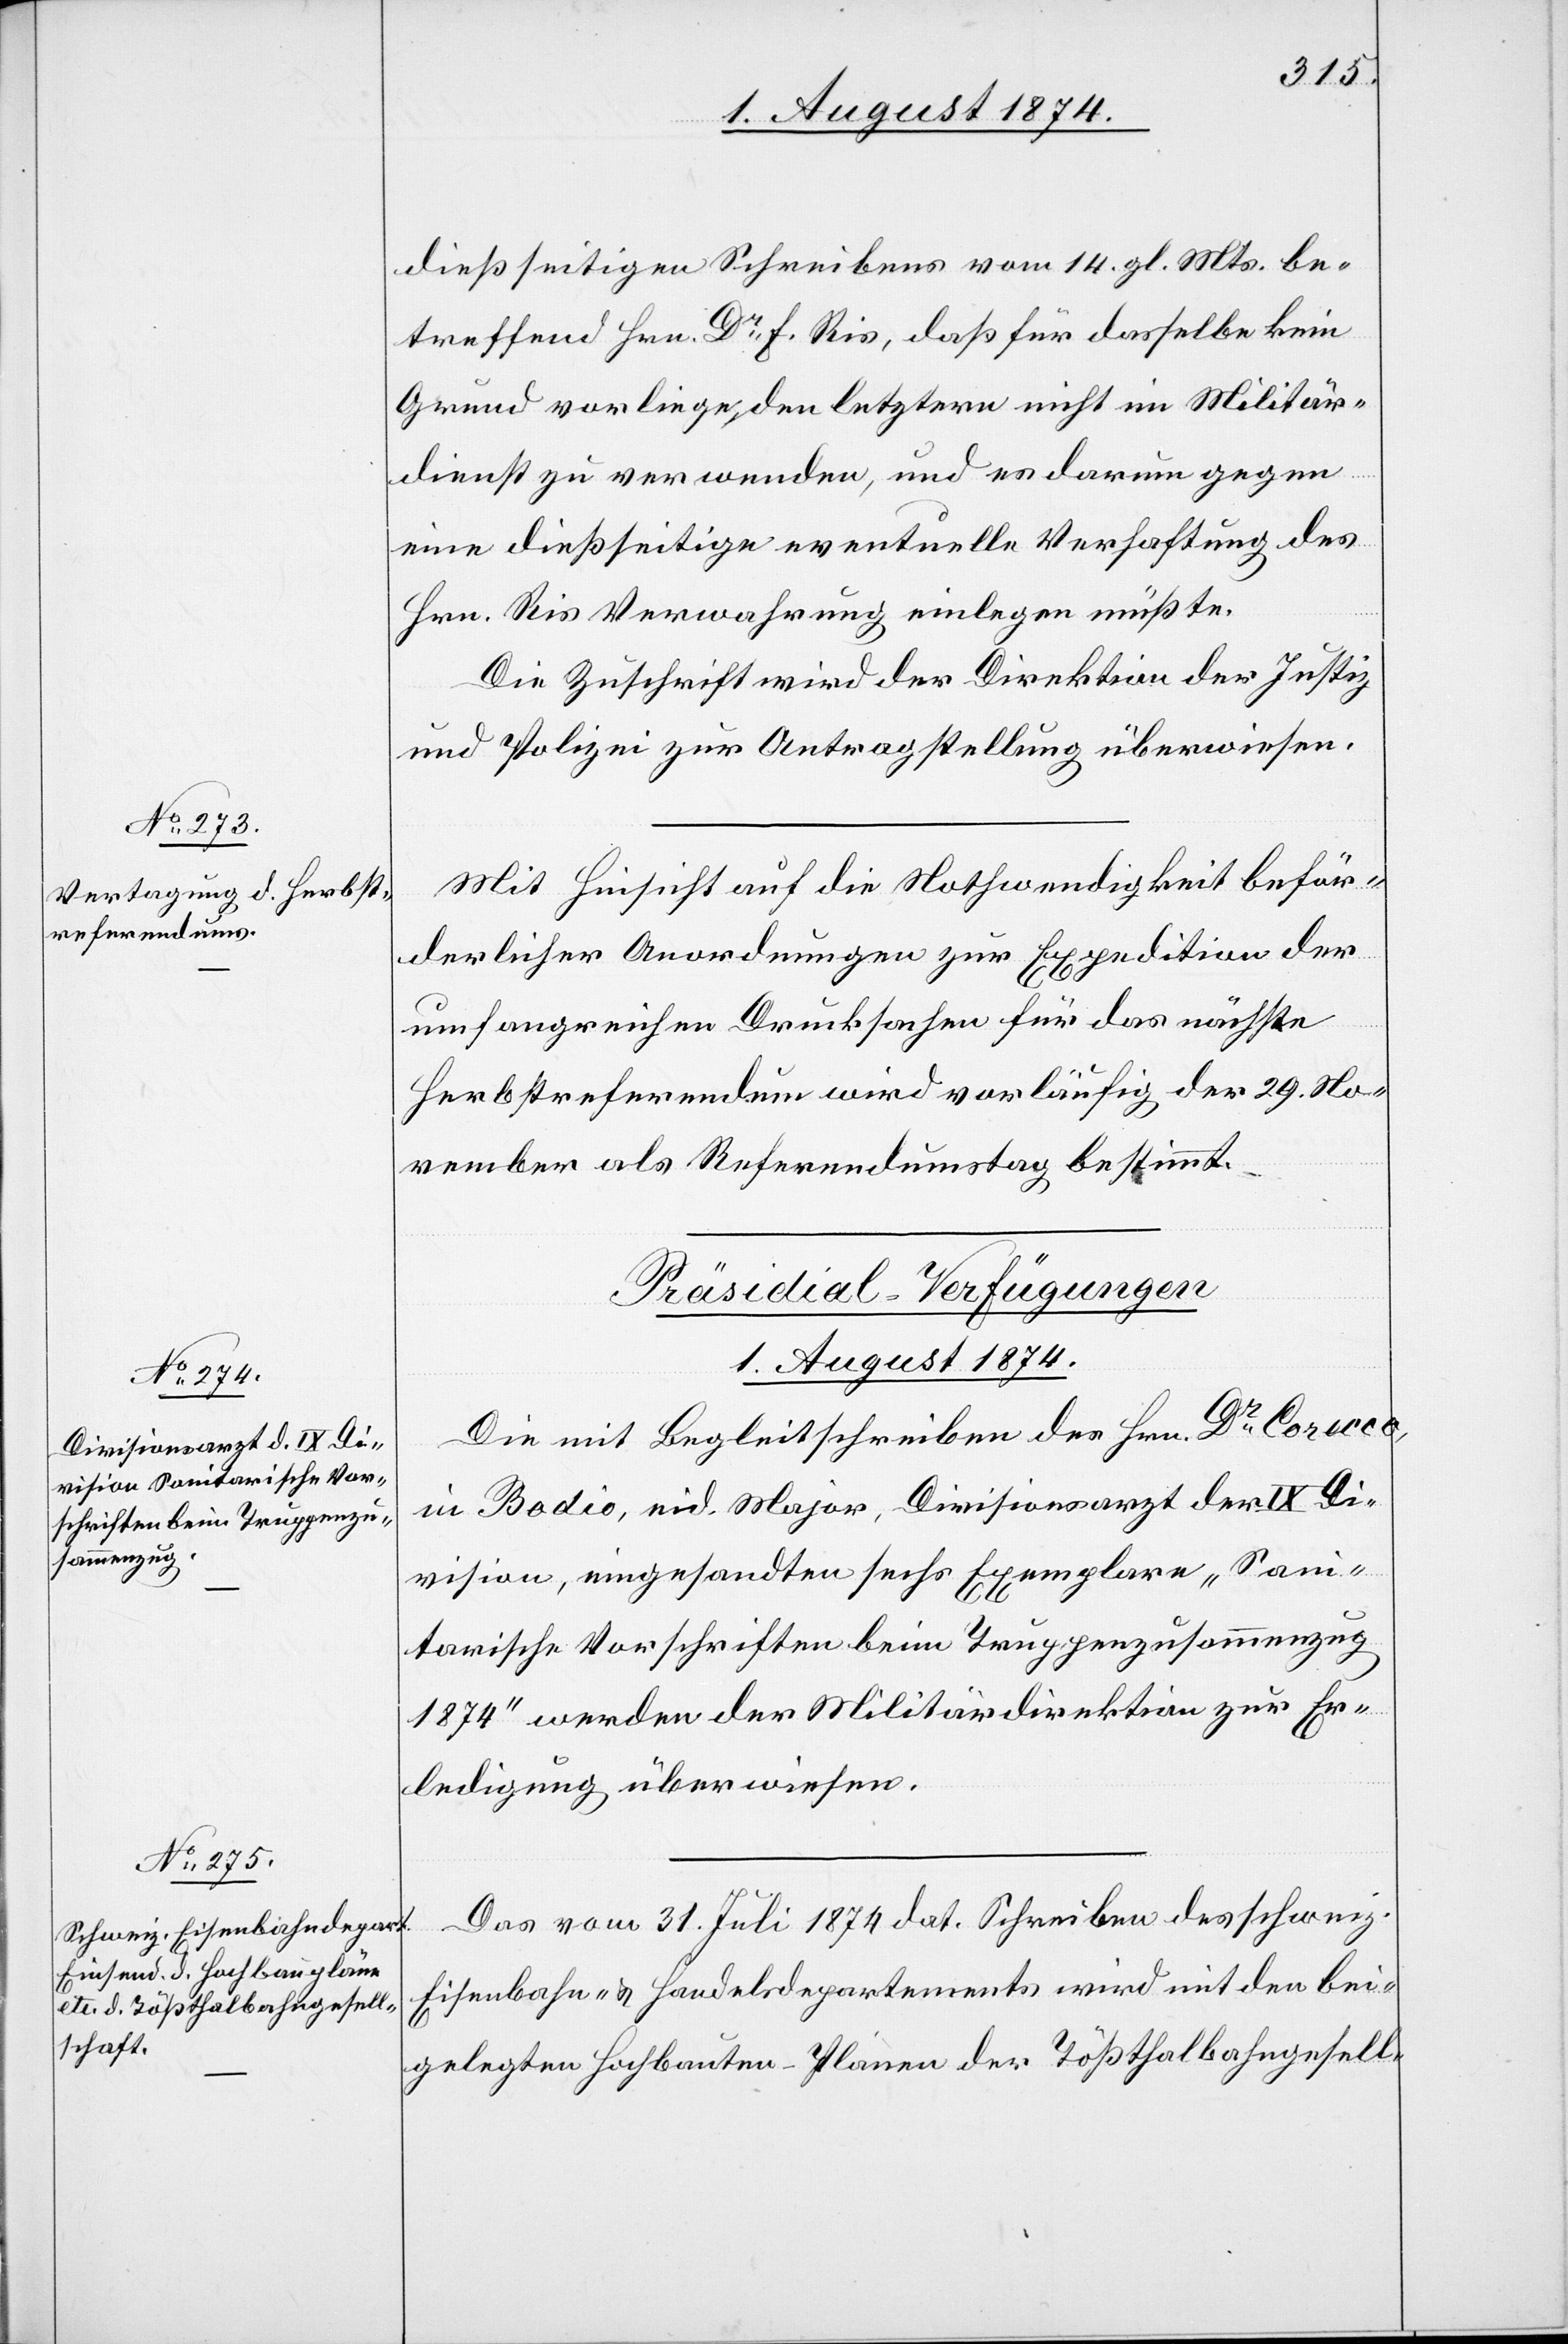
1. August 1874.]
dießseitigen Schreibens vom 14. gl. Mts. be¬
treffend Hrn. Dr Ris, daß für dasselbe kein
Grund vorliege den letztern nicht im Militär¬
dienst zu verwenden, und es darum gegen
eine dießseitige eventuelle Verhaftung des
Hrn. Ris Verwahrung einlegen müßte.
Die Zuschrift wird der Direktion der Justiz
und Polizei zur Antragstellung überwiesen.
Mit Hinsicht auf die Nothwendigkeit beför¬
derlicher Anordnungen zur Expedition der
umfangreichen Drucksachen für das nächste
Herbstreferendum wird vorläufig der 29. No¬
vember als Referendumstag bestimmt.
[Präsidial-Verfügungen
Die Begleitschreiben des Hrn. Dr Corecco,
in Bodio, eid. Major, Divisionsarzt der IX. Di¬
vision, eingesandten sechs Exemplare „Sani¬
tarische Vorschriften beim Truppenzusammenzug
1874“ werden der Militärdirektion zur Er¬
ledigung überwiesen.
Das vom 31. Juli 1874 dat. Schreiben des schweiz.
Eisenbahn- u. Handelsdepartements wird mit den bei¬
gelegten Hochbauten-Plänen der Tößthalbahngesell-